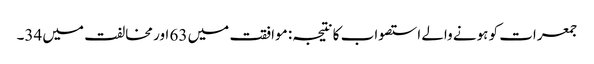
جمعرات کو ہونے والے استصواب کا نتیجہ: موافقت میں 63 اور مخالفت میں 34۔